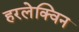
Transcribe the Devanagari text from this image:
हरलेक्विन